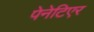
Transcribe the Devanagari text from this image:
पेनेटिएर